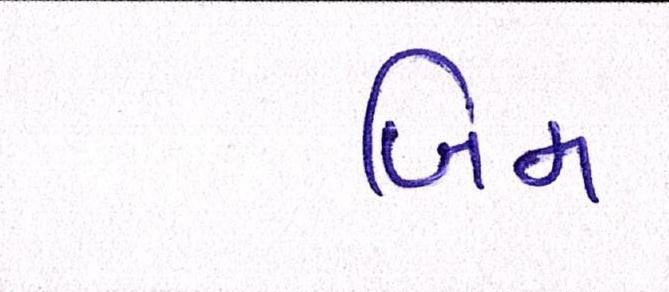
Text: બિમ